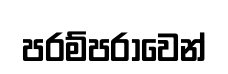
පරම්පරාවෙන්